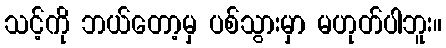
သင့်ကို ဘယ်တော့မှ ပစ်သွားမှာ မဟုတ်ပါဘူး။